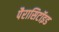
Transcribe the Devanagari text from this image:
पैरासिटॉइड